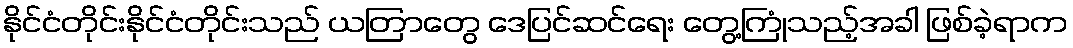
နိုင်ငံတိုင်းနိုင်ငံတိုင်းသည် ယတြာတွေ ဒေပြင်ဆင်ရေး တွေ့ကြုံသည့်အခါ ဖြစ်ခဲ့ရာက